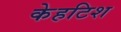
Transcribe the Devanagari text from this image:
केहटिश